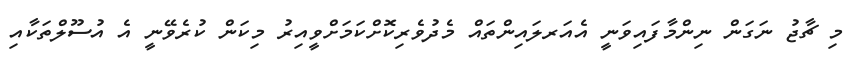
މި ޗާޖު ނަގަން ނިންމާފައިވަނީ އެއަރލައިންތައް މެދުވެރިކޮށްކަމަށްވީއިރު މިކަން ކުރެވޭނީ އެ އުސޫލްތަކާއި